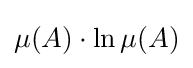
\mu (A)\cdot \ln \mu (A)